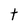
Character: t